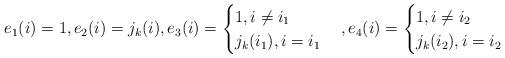
LaTeX: \begin{align*}e_1(i)=1, e_2(i)=j_k(i), e_3(i)=\begin{cases} 1, i \neq i_1 \\ j_k(i_1), i=i_1 \end{cases}, e_4(i) = \begin{cases} 1, i \neq i_2 \\ j_k(i_2), i=i_2 \end{cases}\end{align*}